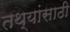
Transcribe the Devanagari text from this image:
तथ्यांसाठी